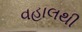
વહાલથી